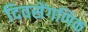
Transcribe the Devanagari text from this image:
दिवसेंगणिक